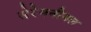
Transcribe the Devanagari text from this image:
सेरेमनीयल